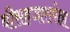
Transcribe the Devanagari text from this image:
वीसहजारापेक्षा